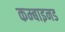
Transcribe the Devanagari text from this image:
कम्बाइनड